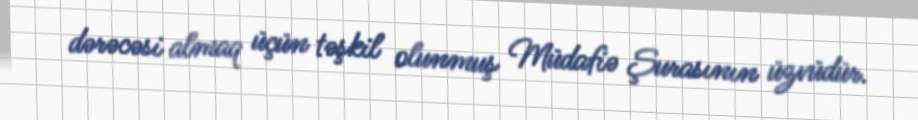
dərəcəsi almaq üçün təşkil olunmuş Müdafiə Şurasının üzvüdür.